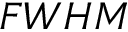
F W H M